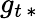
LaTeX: g_{t\, *}